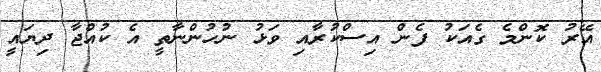
އޭރު ކޮންމެ ގެއަކު ފެން އިސްކުރާއި ވަޅު ނުހުންނާތީ އެ ކުއްޖާ ދިޔައީ